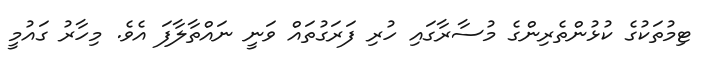
ޓިމުތަކުގެ ކުޅުންތެރިންގެ މުސާރާގައި ހުރި ފަރަގުތައް ވަނީ ނައްތާލާފަ އެވެ. މިހާރު ގައުމީ